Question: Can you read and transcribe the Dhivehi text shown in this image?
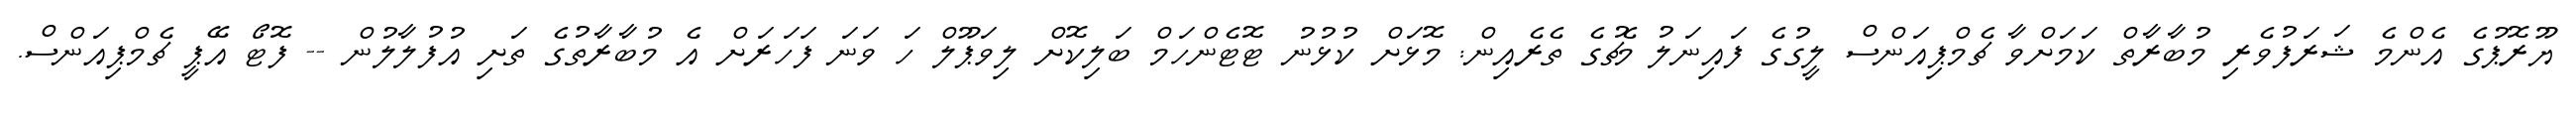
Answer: ޔޫރޮޕުގެ އެންމެ ޝަރަފުވެރި މުބާރާތް ކަމަށްވާ ޗެމްޕިއަންސް ލީގުގެ ފައިނަލު މެޗުގެ ތެރެއިން: މޮޅަށް ކުޅުނު ޓޮޓެންހަމް ބަލިކޮށް ލިވަޕޫލް ހަ ވަނަ ފަހަރަށް އެ މުބާރާތުގެ ތަށި އުފުލާލުން -- ފޮޓޯ އޭޕީ ޗެމްޕިއަންސް.